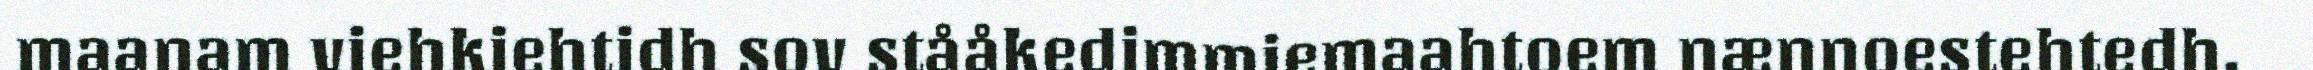
maanam viehkiehtidh sov stååkedimmiemaahtoem nænnoestehtedh.